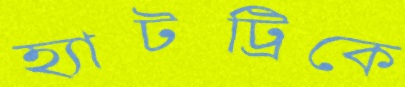
হ্যাটট্রিকে